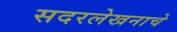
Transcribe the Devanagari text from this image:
सदरलेखनाचे